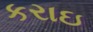
કરાઇ